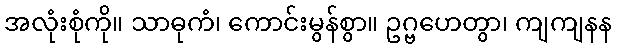
အလုံးစုံကို။ သာဓုကံ၊ ကောင်းမွန်စွာ။ ဥဂ္ဗဟေတွာ၊ ကျကျနန